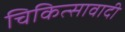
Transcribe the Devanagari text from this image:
चिकित्सावादी